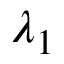
\lambda _ { 1 }